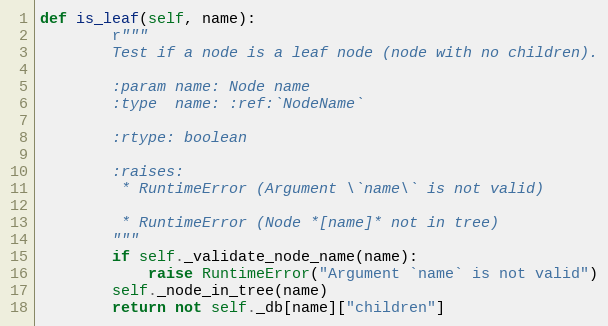
Language: Python
def is_leaf(self, name):
        r"""
        Test if a node is a leaf node (node with no children).

        :param name: Node name
        :type  name: :ref:`NodeName`

        :rtype: boolean

        :raises:
         * RuntimeError (Argument \`name\` is not valid)

         * RuntimeError (Node *[name]* not in tree)
        """
        if self._validate_node_name(name):
            raise RuntimeError("Argument `name` is not valid")
        self._node_in_tree(name)
        return not self._db[name]["children"]